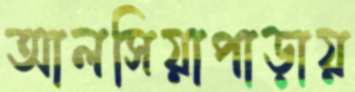
আলসিয়াপাড়ায়